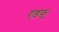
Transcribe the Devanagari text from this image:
एडफू